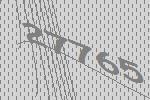
27765